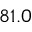
8 1 . 0